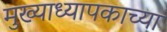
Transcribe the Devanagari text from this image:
मुख्याध्यापकाच्या